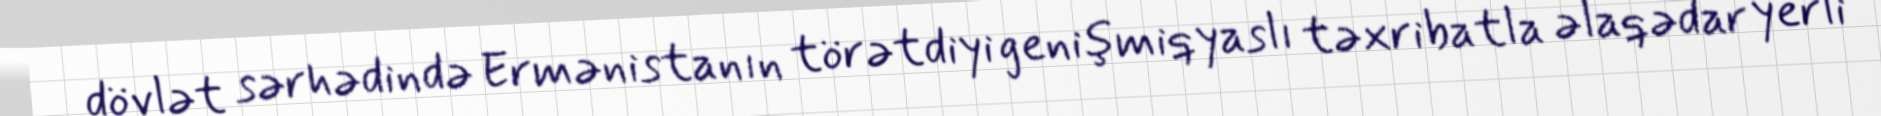
dövlət sərhədində Ermənistanın törətdiyi genişmiqyaslı təxribatla əlaqədar yerli